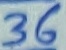
Text: 36